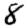
Digit: 8